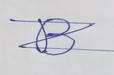
Signature authenticity: forged